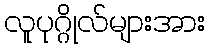
လူပုဂ္ဂိုလ်များအား